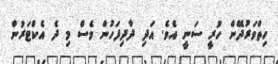
ހިތްވަރުދޭން ހުރީ ސަނީ އެވެ. އަދި ދާދިފަހުން ވެސް މި ދެ އެކްޓަރުން